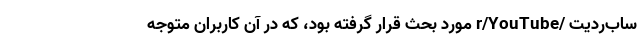
ساب‌ردیت /r/YouTube مورد بحث قرار گرفته بود، که در آن کاربران متوجه